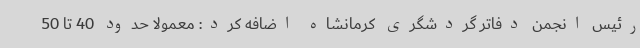
رئیس انجمن دفاتر گردشگری کرمانشاه اضافه کرد: معمولا حدود 40 تا 50